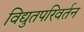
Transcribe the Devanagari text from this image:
विद्युतपरिवर्तन